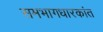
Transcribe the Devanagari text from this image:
समभागधारकांत